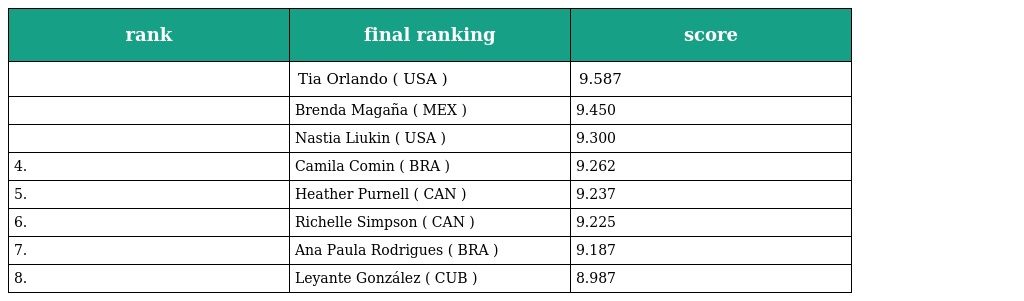
| rank | final ranking | score |
 | --- | --- | --- |
 |  | Tia Orlando ( USA ) | 9.587 |
 |  | Brenda Magaña ( MEX ) | 9.450 |
 |  | Nastia Liukin ( USA ) | 9.300 |
 | 4. | Camila Comin ( BRA ) | 9.262 |
 | 5. | Heather Purnell ( CAN ) | 9.237 |
 | 6. | Richelle Simpson ( CAN ) | 9.225 |
 | 7. | Ana Paula Rodrigues ( BRA ) | 9.187 |
 | 8. | Leyante González ( CUB ) | 8.987 |